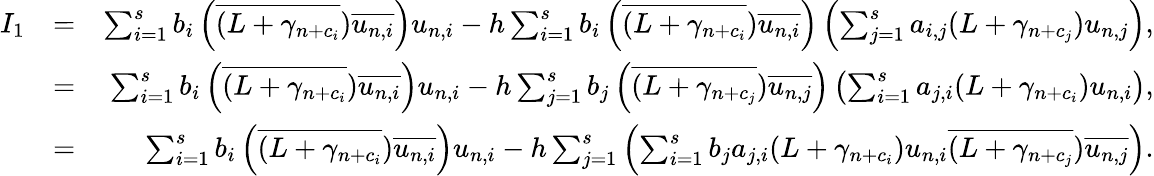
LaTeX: \begin{array}{rlr}{I_{1}}&{=}&{\sum_{i=1}^{s}b_{i}\left(\overline{{(L+\gamma_{n+c_{i}}}})\overline{{u_{n,i}}}\right)u_{n,i}-h\sum_{i=1}^{s}b_{i}\left(\overline{{(L+\gamma_{n+c_{i}}}})\overline{{u_{n,i}}}\right)\left(\sum_{j=1}^{s}a_{i,j}(L+\gamma_{n+c_{j}})u_{n,j}\right),}\\ &{=}&{\sum_{i=1}^{s}b_{i}\left(\overline{{(L+\gamma_{n+c_{i}}}})\overline{{u_{n,i}}}\right)u_{n,i}-h\sum_{j=1}^{s}b_{j}\left(\overline{{(L+\gamma_{n+c_{j}}}})\overline{{u_{n,j}}}\right)\left(\sum_{i=1}^{s}a_{j,i}(L+\gamma_{n+c_{i}})u_{n,i}\right),}\\ &{=}&{\sum_{i=1}^{s}b_{i}\left(\overline{{(L+\gamma_{n+c_{i}}}})\overline{{u_{n,i}}}\right)u_{n,i}-h\sum_{j=1}^{s}\left(\sum_{i=1}^{s}b_{j}a_{j,i}(L+\gamma_{n+c_{i}})u_{n,i}\overline{{(L+\gamma_{n+c_{j}}}})\overline{{u_{n,j}}}\right).}\end{array}